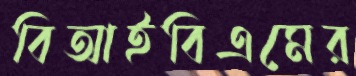
বিআইবিএমের